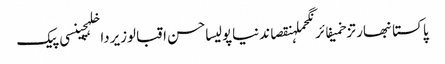
پاکستانبھارتزخمیفائرنگحملہنقصاندنیاپولیساحسن اقبالوزیرداخلہچینسی پیک